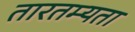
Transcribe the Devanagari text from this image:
तारतम्‍यता